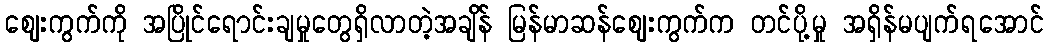
ဈေးကွက်ကို အပြိုင်ရောင်းချမှုတွေရှိလာတဲ့အချိန် မြန်မာဆန်ဈေးကွက်က တင်ပို့မှု အရှိန်မပျက်ရအောင်